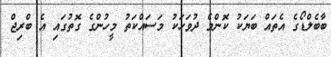
ބާބެލްޑޯގެ އެތައް ބަޔަކު ކޮންމެ ދުވަހަކު މަސައްކަތު މީހުންގެ ގޮތުގައި އެ ބްރިޖް